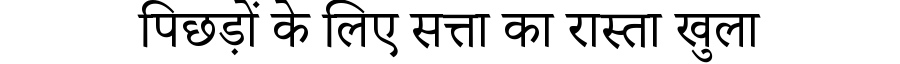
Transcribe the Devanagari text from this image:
पिछड़ों के लिए सत्ता का रास्ता खुला